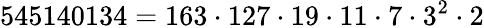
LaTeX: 545140134=163\cdot 127\cdot 19\cdot 11\cdot 7\cdot 3^{2}\cdot 2